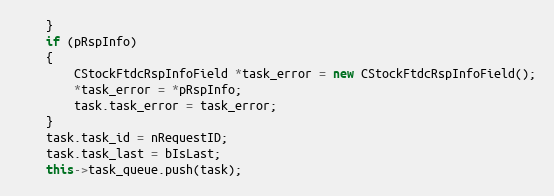
Language: C++
	}
	if (pRspInfo)
	{
		CStockFtdcRspInfoField *task_error = new CStockFtdcRspInfoField();
		*task_error = *pRspInfo;
		task.task_error = task_error;
	}
	task.task_id = nRequestID;
	task.task_last = bIsLast;
	this->task_queue.push(task);